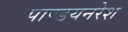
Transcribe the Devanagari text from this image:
पाण्डयनरेश